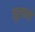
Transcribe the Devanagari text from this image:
मुलानो